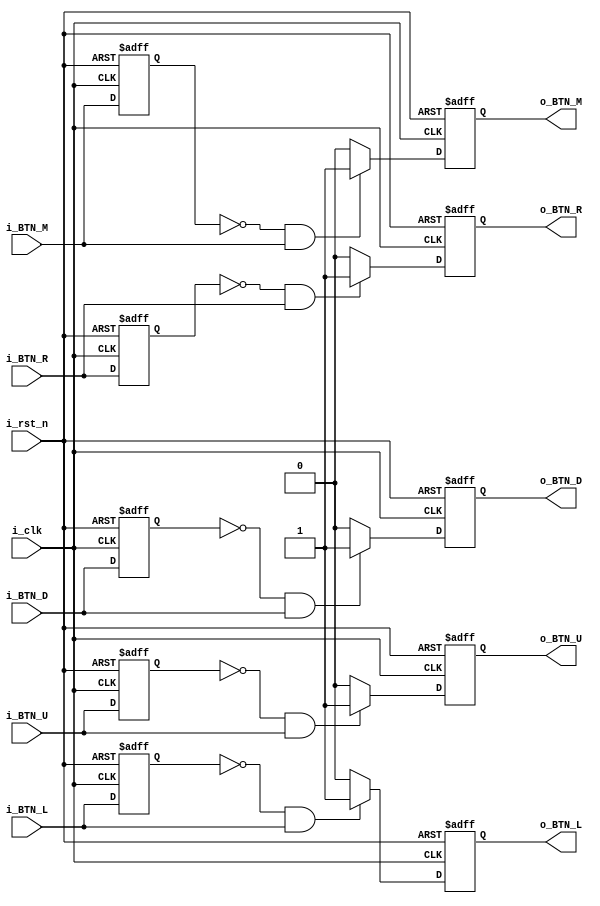
`timescale 1ns / 1ps
//////////////////////////////////////////////////////////////////////////////////
// Company: 
// Engineer: 
// 
// Design Name: 
// Module Name: btn_edge_detector
// Project Name: 
// Target Devices: 
// Tool Versions: 
// Description: 
// 
// Dependencies: 
// 
// Revision:
// Revision 0.01 - File Created
// Additional Comments:
// 
//////////////////////////////////////////////////////////////////////////////////


module btn_edge_detector(
    input      i_clk,
    input      i_rst_n,
    input      i_BTN_U,
    input      i_BTN_L,
    input      i_BTN_M,
    input      i_BTN_R,
    input      i_BTN_D,
    output reg o_BTN_U,
    output reg o_BTN_L,
    output reg o_BTN_M,
    output reg o_BTN_R,
    output reg o_BTN_D
    );
    
    reg pre_val_U;
    reg pre_val_L;
    reg pre_val_M;
    reg pre_val_R;
    reg pre_val_D;
    
    always@( negedge i_rst_n or posedge i_clk ) begin
        if( !i_rst_n ) begin
            o_BTN_U <= 1'b0;
            o_BTN_L <= 1'b0;
            o_BTN_M <= 1'b0;
            o_BTN_R <= 1'b0;
            o_BTN_D <= 1'b0;
            pre_val_U <= 1'b0;
            pre_val_L <= 1'b0; 
            pre_val_M <= 1'b0; 
            pre_val_R <= 1'b0; 
            pre_val_D <= 1'b0;   
        end else begin
            pre_val_U <= i_BTN_U;
            pre_val_L <= i_BTN_L;
            pre_val_M <= i_BTN_M;
            pre_val_R <= i_BTN_R;
            pre_val_D <= i_BTN_D;
            
            if( pre_val_U == 1'b0 && i_BTN_U == 1'b1 ) begin
                o_BTN_U <= 1'b1;
            end else begin
                o_BTN_U <= 1'b0;
            end
            if( pre_val_L == 1'b0 && i_BTN_L == 1'b1 ) begin
                o_BTN_L <= 1'b1;
            end else begin
                o_BTN_L <= 1'b0;
            end
            if( pre_val_M == 1'b0 && i_BTN_M == 1'b1 ) begin
                o_BTN_M <= 1'b1;
            end else begin
                o_BTN_M <= 1'b0;
            end
            if( pre_val_R == 1'b0 && i_BTN_R == 1'b1 ) begin
                o_BTN_R <= 1'b1;
            end else begin
                o_BTN_R <= 1'b0;
            end
            if( pre_val_D == 1'b0 && i_BTN_D == 1'b1 ) begin
                o_BTN_D <= 1'b1;
            end else begin
                o_BTN_D <= 1'b0;
            end    
        end
    end
endmodule